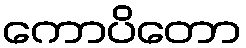
ကောပိတော